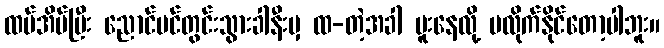
ထပ်အိပ်ပြီး ညောင်ပင်တွင်းသွားခါနီးမှ ထ-တဲ့အခါ မူးနေလို့ မလိုက်နိုင်တော့ပါဘူး။